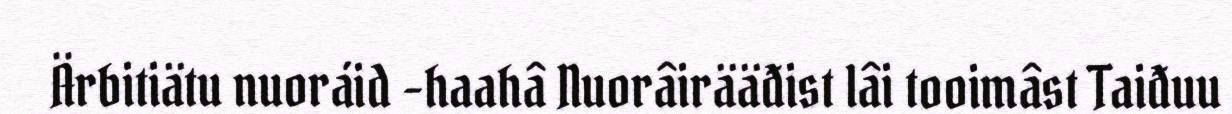
Ärbitiätu nuoráid -haahâ Nuorâirääđist lâi tooimâst Taiđuu